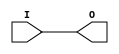
module IBUFG_LVCMOS33 (O, I);

    output O;

    input  I;

	buf B1 (O, I);


endmodule